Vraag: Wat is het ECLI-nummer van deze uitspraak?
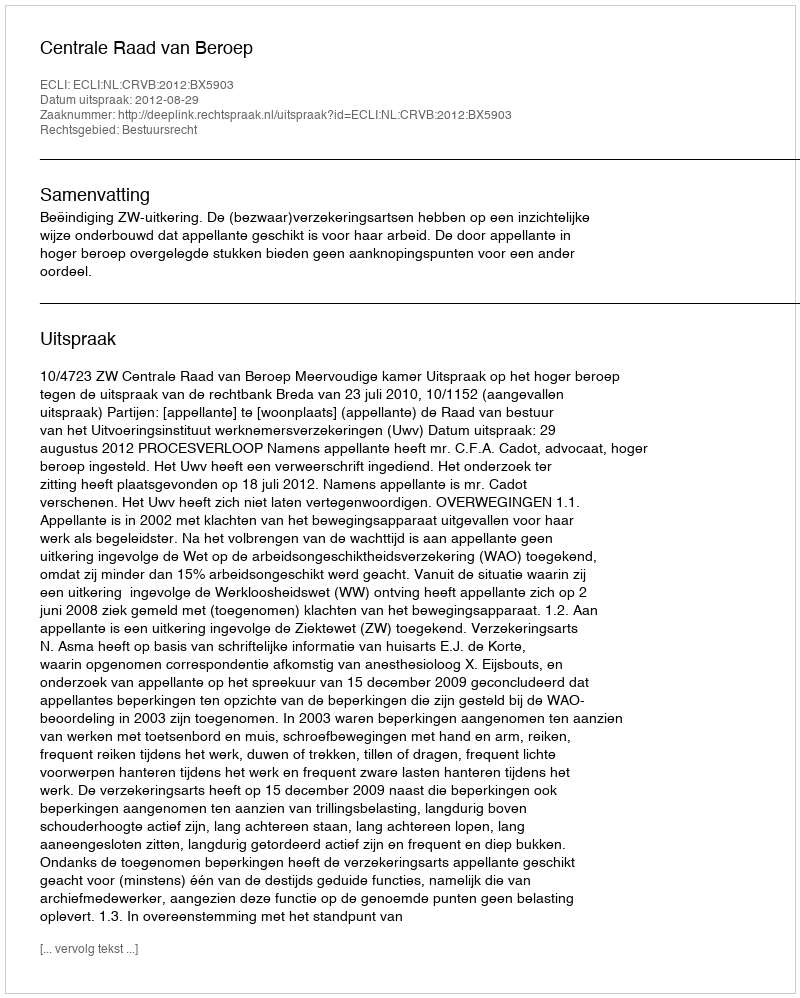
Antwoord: ECLI:NL:CRVB:2012:BX5903